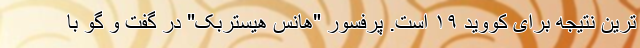
ترین نتیجه برای کووید ۱۹ است. پرفسور "هانس هیستربک" در گفت و گو با